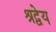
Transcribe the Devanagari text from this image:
श्रद्वेय